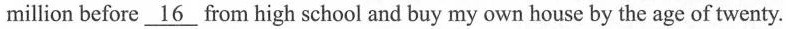
million before \underline{16} from high school and buy my own house by the age of twenty.